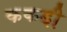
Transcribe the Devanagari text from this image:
ककड़ी़